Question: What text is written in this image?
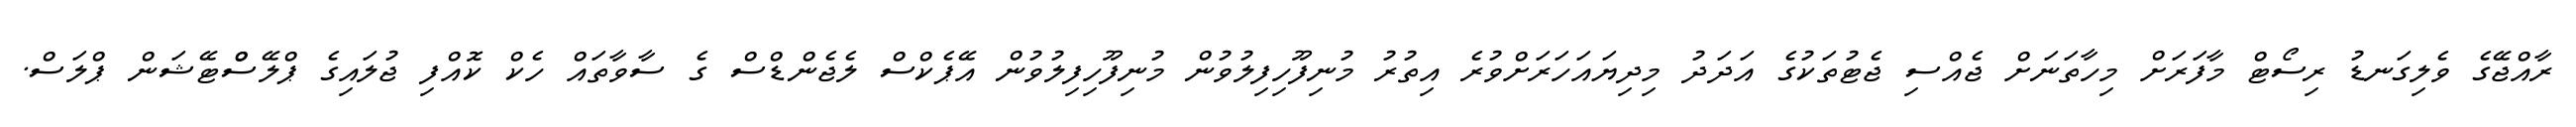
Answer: ރާއްޖޭގެ ވެލިގަނޑު ރިސޯޓް މާފަރަށް މިހާތަނަށް ޖެއްސި ޖެޓުތަކުގެ އަދަދު މިދިޔައަހަރަށްވުރެ އިތުރު މުނިފޫހިފިލުވުން މުނިފޫހިފިލުވުން އޭޕެކްސް ލެޖެންޑްސް ގެ ސާވާތައް ހެކް ކޮއްފި ޖުލައިގެ ޕްލޭސްްޓޭޝަން ޕްލަސް.